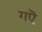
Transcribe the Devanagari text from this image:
गऎ